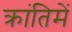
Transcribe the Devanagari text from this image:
क्रांतिमें